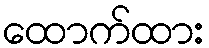
ထောက်ထား